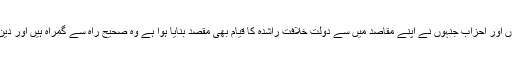
یہ بات جان لیں کہ بعض فرقوں اور احزاب جنہوں نے اپنے مقاصد میں سے دولت خلافت راشدہ کا قیام بھی مقصد بنایا ہوا ہے وہ صحیح راہ سے گمراہ ہیں اور دین کی مخالفت کرنے والے ہيں۔